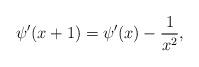
LaTeX: \begin{align*}\psi'(x+1)=\psi'(x)-\frac1{x^2},\end{align*}